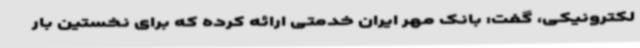
لکترونیکی، گفت: بانک مهر ایران خدمتی ارائه کرده که برای نخستین بار